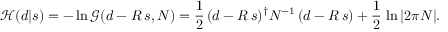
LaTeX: { \mathcal { H } } ( d | s ) = - \ln { \mathcal { G } } ( d - R \, s , N ) = { \frac { 1 } { 2 } } \, ( d - R \, s ) ^ { \dagger } N ^ { - 1 } \, ( d - R \, s ) + { \frac { 1 } { 2 } } \, \ln | 2 \pi N | .